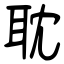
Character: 耽